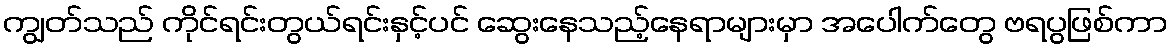
ကျွတ်သည် ကိုင်ရင်းတွယ်ရင်းနှင့်ပင် ဆွေးနေသည့်နေရာများမှာ အပေါက်တွေ ဗရပွဖြစ်ကာ